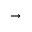
\rightarrow